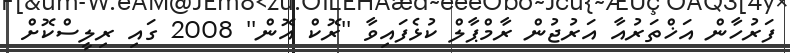
ފަރުހާން އަޚްތަރުއާ އަރުޖުން ރާމްޕާލް ކުޅެފައިވާ ''ރޮކް އޮން'' 2008 ގައި ރިލީސްކޮށް